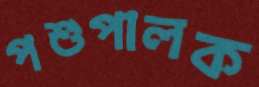
পশুপালক